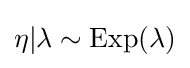
\eta |\lambda \sim {\text{Exp}}(\lambda )